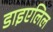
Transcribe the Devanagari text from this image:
डाइएलिल